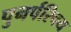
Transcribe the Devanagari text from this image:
पुनर्परिचय